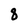
Character: 8